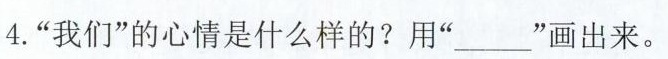
4.”我们”的心情是什么样的?用”_____”画出来。